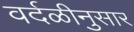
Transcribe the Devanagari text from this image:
वर्दळीनुसार